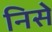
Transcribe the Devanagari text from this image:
निसे